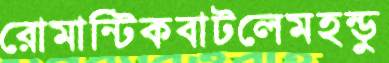
রোমান্টিকবাটলেমহন্ডু